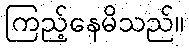
ကြည့်နေမိသည်။